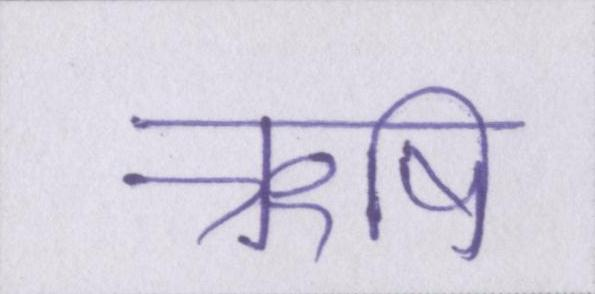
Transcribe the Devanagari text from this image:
ऋषि